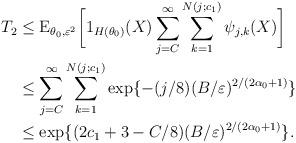
LaTeX: \begin{align*}T_{2}&\leq \mathrm{E}_{\theta_{0},\varepsilon^{2}}\bigg{[}1_{H(\theta_{0})}(X)\sum_{j=C}^{\infty}\sum_{k=1}^{N(j;c_{1})}\psi_{j,k}(X)\bigg{]}\\&\leq \sum_{j=C}^{\infty}\sum_{k=1}^{N(j;c_{1})}\exp\{-(j/8)(B/\varepsilon)^{2/(2\alpha_{0}+1)} \}\\&\leq \exp\{(2c_{1} + 3 - C/8)(B/\varepsilon)^{2/(2\alpha_{0}+1)}\}.\end{align*}